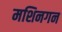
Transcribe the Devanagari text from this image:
मशिनगन